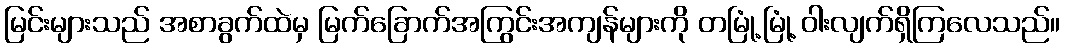
မြင်းများသည် အစာခွက်ထဲမှ မြက်ခြောက်အကြွင်းအကျန်များကို တမြုံ့မြုံ့ ဝါးလျက်ရှိကြလေသည်။